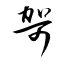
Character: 哿